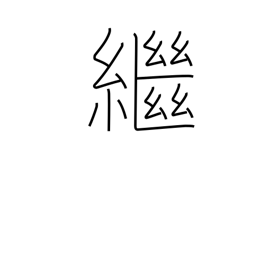
Meaning: inherit